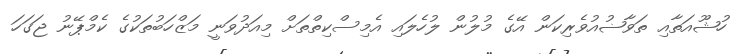
ހުޝޫއަތާއި ތަވާޟުއުވެރިކަން އޭގެ މުލުން ލުހެލައި އެމިސްކިތްތަށް މިއަދުވަނީ މަޒްހަބުތަކުގެ ކެމްޕޭނު ޖަގަހަ